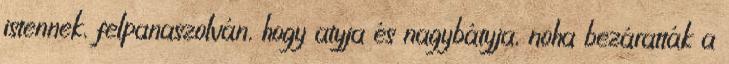
istennek, felpanaszolván, hogy atyja és nagybátyja, noha bezáratták a